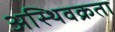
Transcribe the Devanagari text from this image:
अस्थिवक्रता